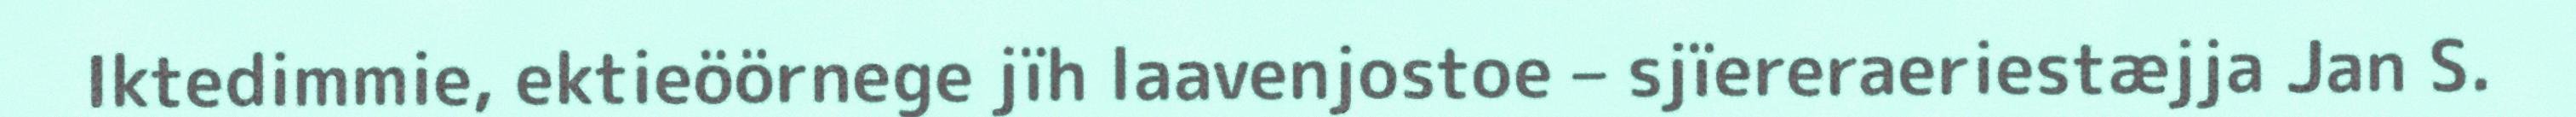
Iktedimmie, ektieöörnege jïh laavenjostoe – sjïereraeriestæjja Jan S.